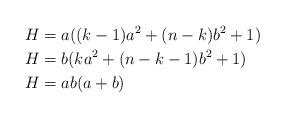
LaTeX: \begin{align*}H &= a ( (k-1)a^2 + (n-k)b^2 + 1) \\H &= b ( k a^2 + (n-k-1)b^2 + 1) \\H &= ab(a+b) \end{align*}